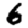
Digit: 6